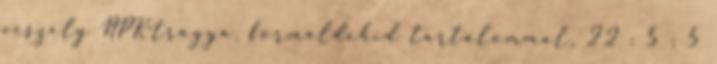
veszély NPK-trágya, formaldehid tartalommal, 22 : 5 : 5